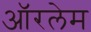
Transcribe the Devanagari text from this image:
ऑरलेम